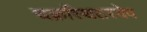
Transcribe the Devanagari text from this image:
चक्रस्थितस्येव